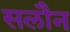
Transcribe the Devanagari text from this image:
सलौन